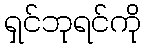
ရှင်ဘုရင်ကို